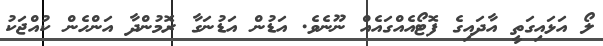
ލޯ އަޅައިގަތީ އާދައިގެ ފޮޓޯއެއްގައެއް ނޫނެވެ. އަޑުން އަޑުނަގާ ރޮމުންދާ އަންހެން ކުއްޖަކު